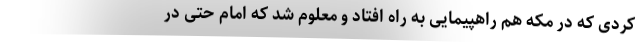
کردی که در مکه هم راهپیمایی به راه افتاد و معلوم شد که امام حتی در